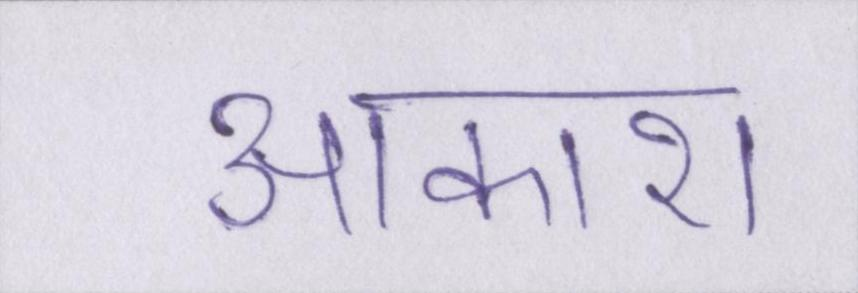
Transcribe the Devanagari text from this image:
आकाश